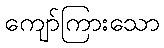
ကျော်ကြားသော